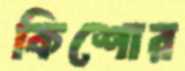
কিশোর